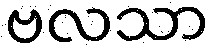
ဗလသာ